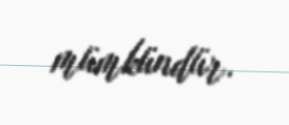
mümkündür.